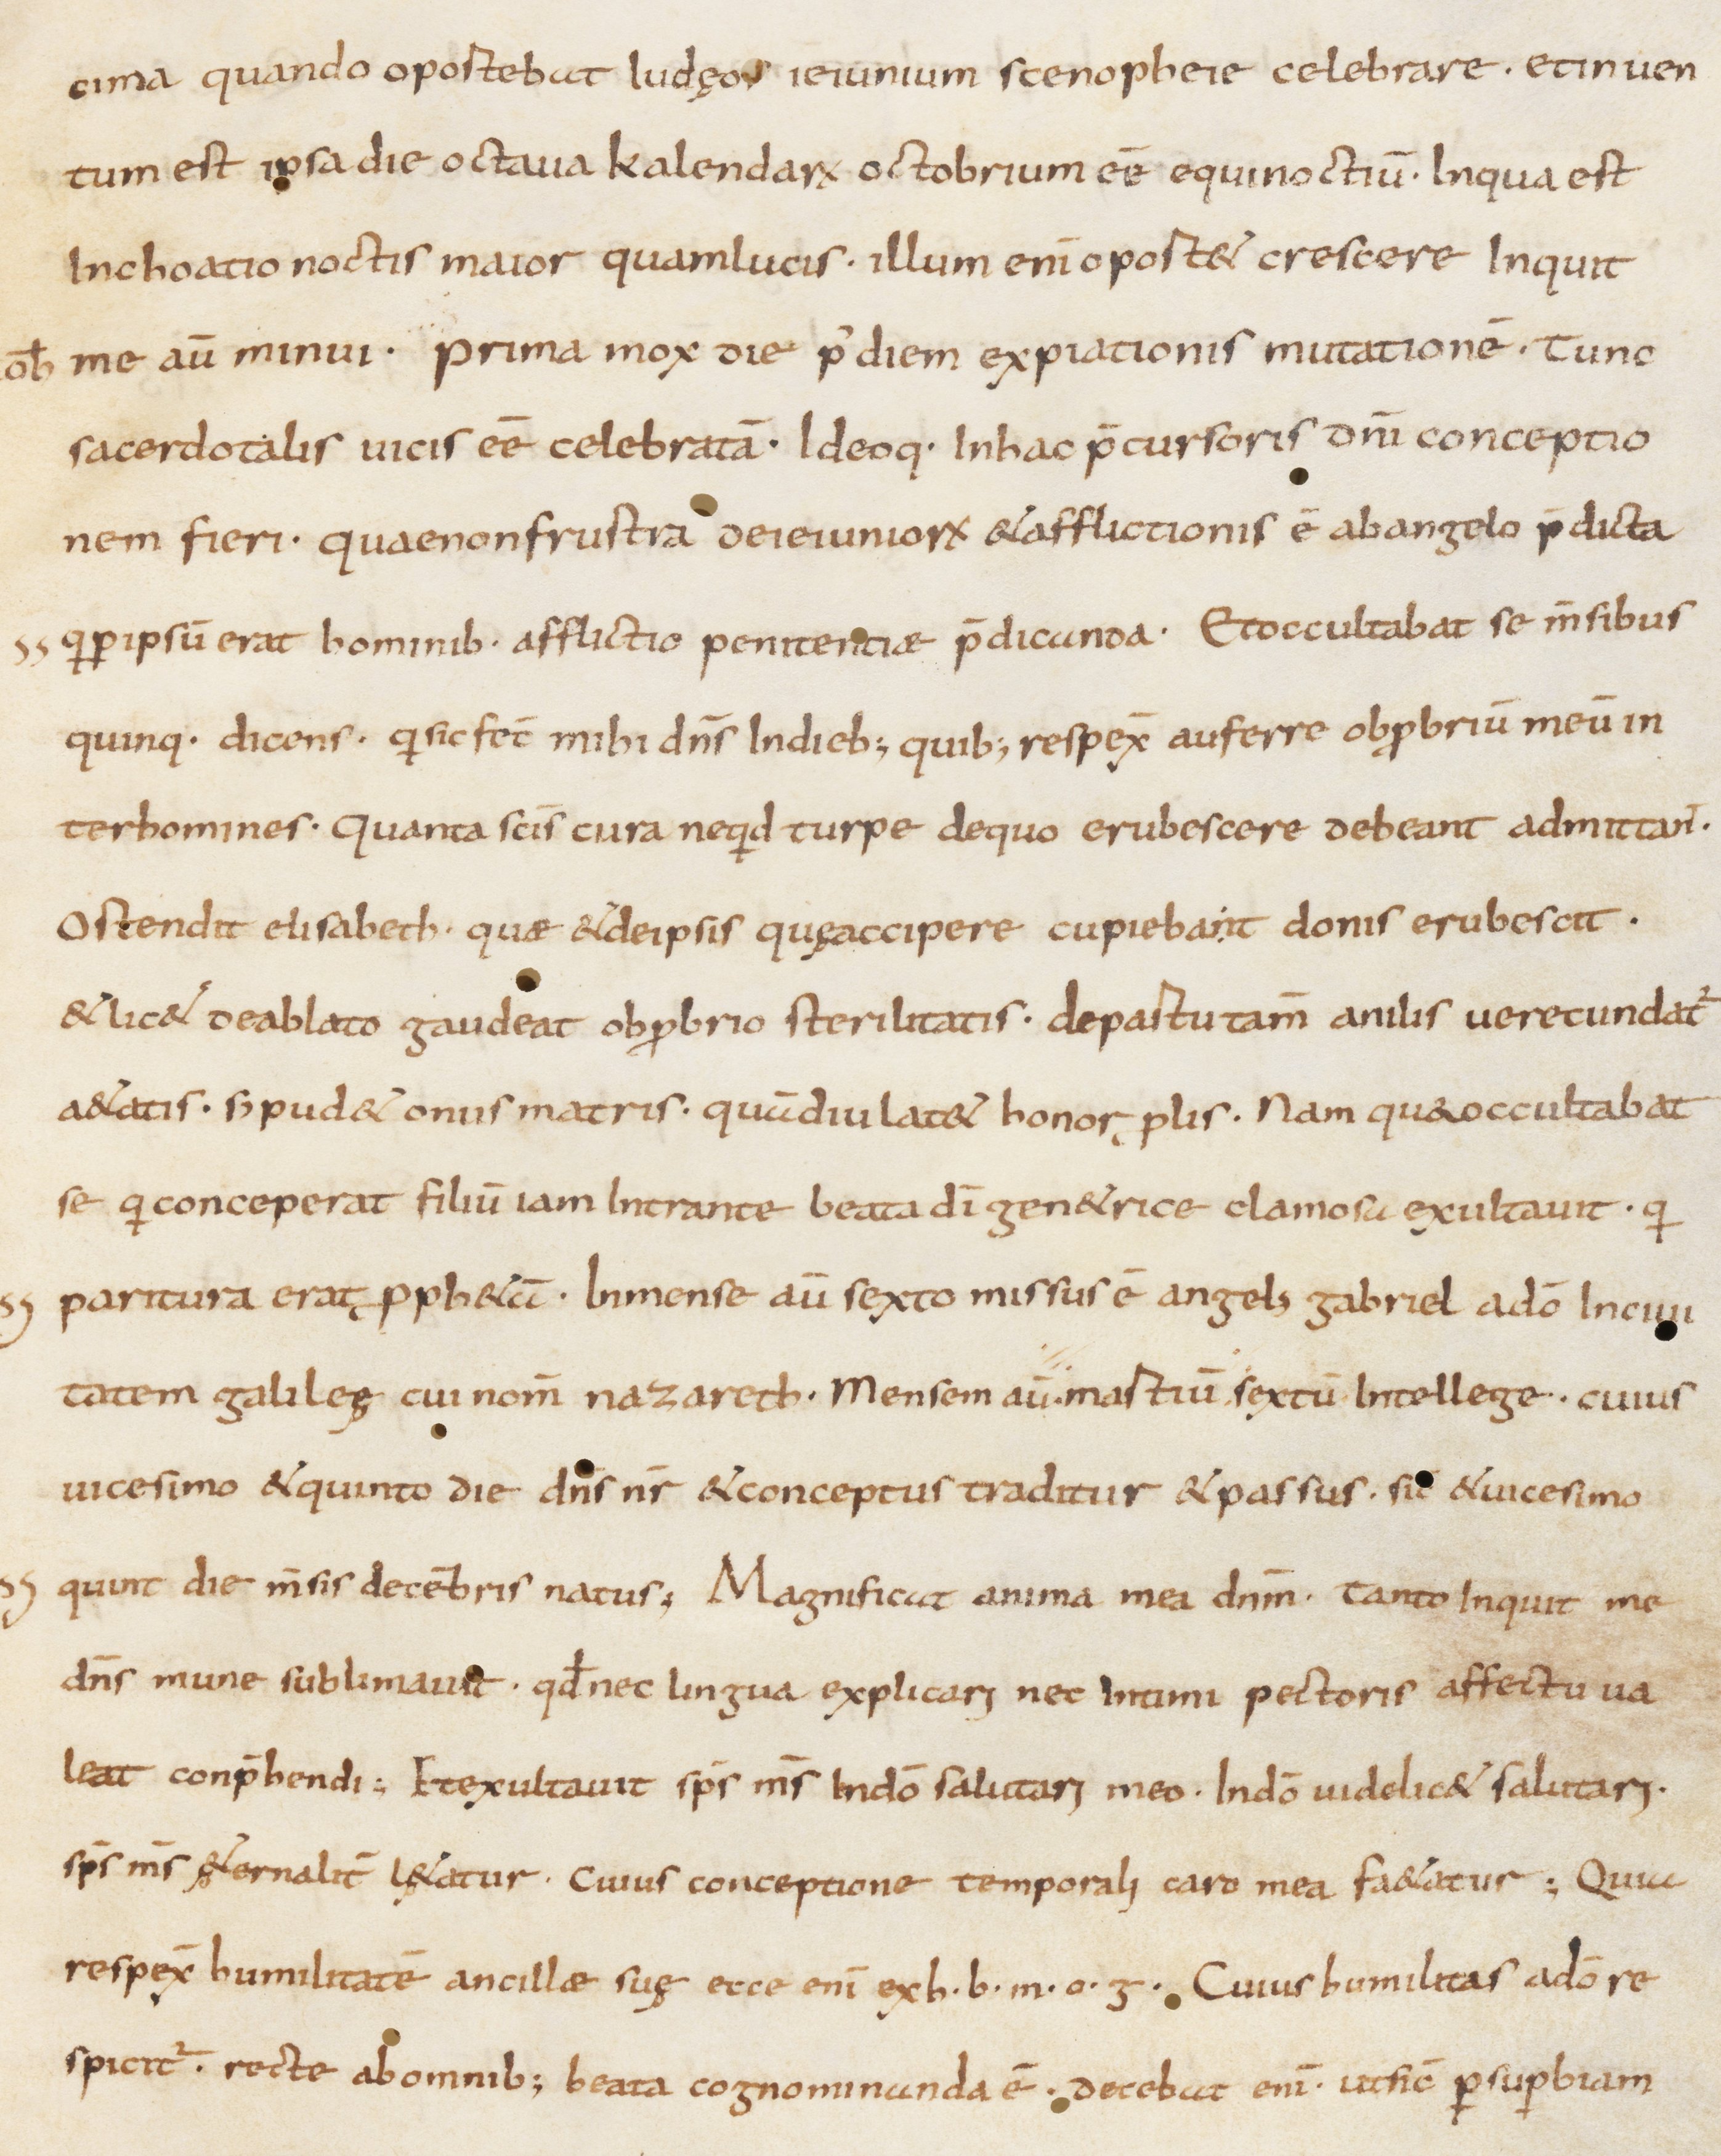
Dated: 800–1399